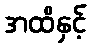
အထိနှင့်